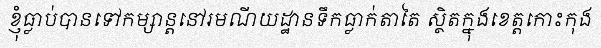
ខ្ញុំធ្លាប់បានទៅកម្សាន្តនៅរមណីយដ្ឋានទឹកធ្លាក់តាតៃ ស្ថិតក្នុងខេត្តកោះកុង